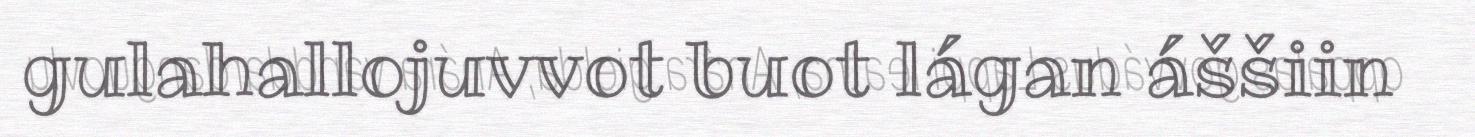
gulahallojuvvot buot lágan áššiin